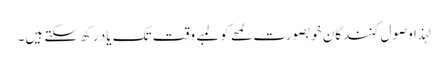
لہذا وصول کنندگان خوبصورت لمحے کو لمبے وقت تک یاد رکھ سکتے ہیں۔